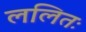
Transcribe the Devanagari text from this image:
ललितः